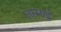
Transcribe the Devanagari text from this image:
जन्माई